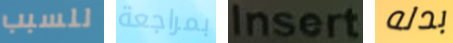
للسبب بمراجعة Insert بدله